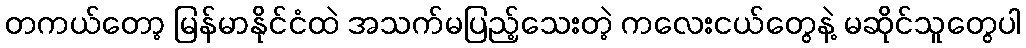
တကယ်တော့ မြန်မာနိုင်ငံထဲ အသက်မပြည့်သေးတဲ့ ကလေးငယ်တွေနဲ့ မဆိုင်သူတွေပါ